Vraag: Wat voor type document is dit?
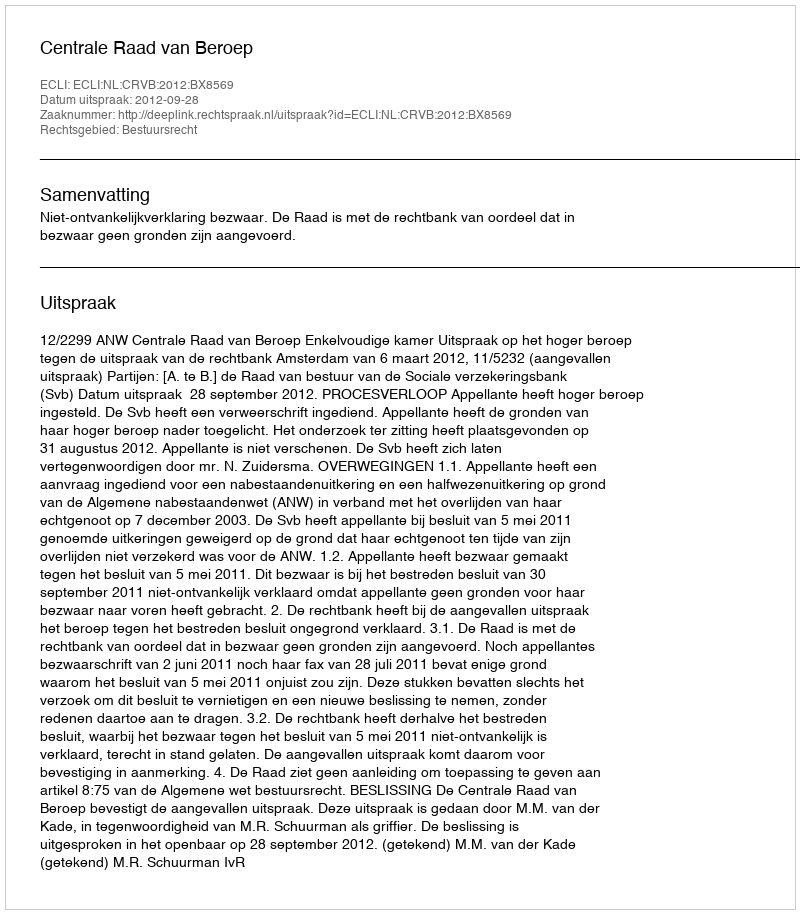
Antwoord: Uitspraak